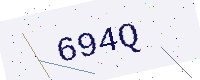
Text: 694Q